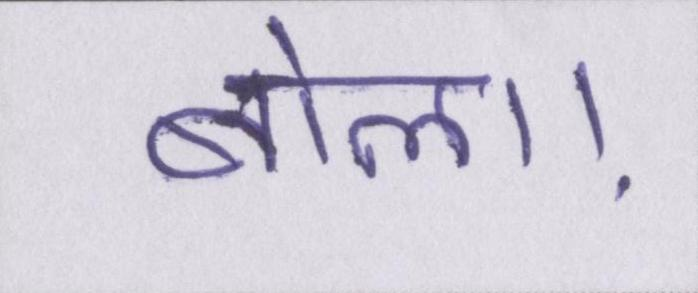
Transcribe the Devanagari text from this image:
बोला।